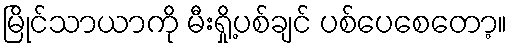
မြိုင်သာယာကို မီးရှို့ပစ်ချင် ပစ်ပေစေတော့။